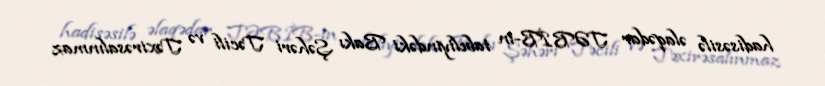
hadisəsilə əlaqədar TƏBİB-in tabeliyindəki Bakı Şəhəri Təcili və Təxirəsalınmaz